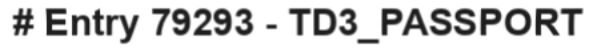
# Entry 79293 - TD3_PASSPORT